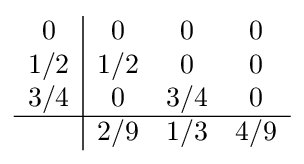
{\begin{array}{c|ccc}0&0&0&0\\1/2&1/2&0&0\\3/4&0&3/4&0\\\hline &2/9&1/3&4/9\\\end{array}}